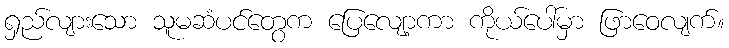
ရှည်လျားသော သူမဆံပင်တွေက ပြေလျော့ကာ ကိုယ်ပေါ်မှာ ဖြာဝေလျက်။